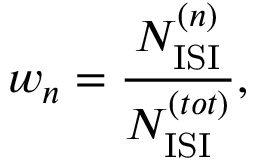
w _ { n } = \frac { N _ { \mathrm { I S I } } ^ { ( n ) } } { N _ { \mathrm { I S I } } ^ { ( t o t ) } } ,